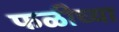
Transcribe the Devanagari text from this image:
फळीच्या